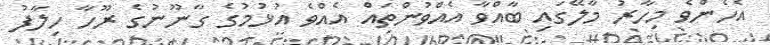
އެހެންވެ މިހާރު މާލޭގައި ބާއްވާ އެއްވުންތައް އެއްވެ އުޅުމުގެ ގާނޫނުގެ ރޫހާ ހިލާފު